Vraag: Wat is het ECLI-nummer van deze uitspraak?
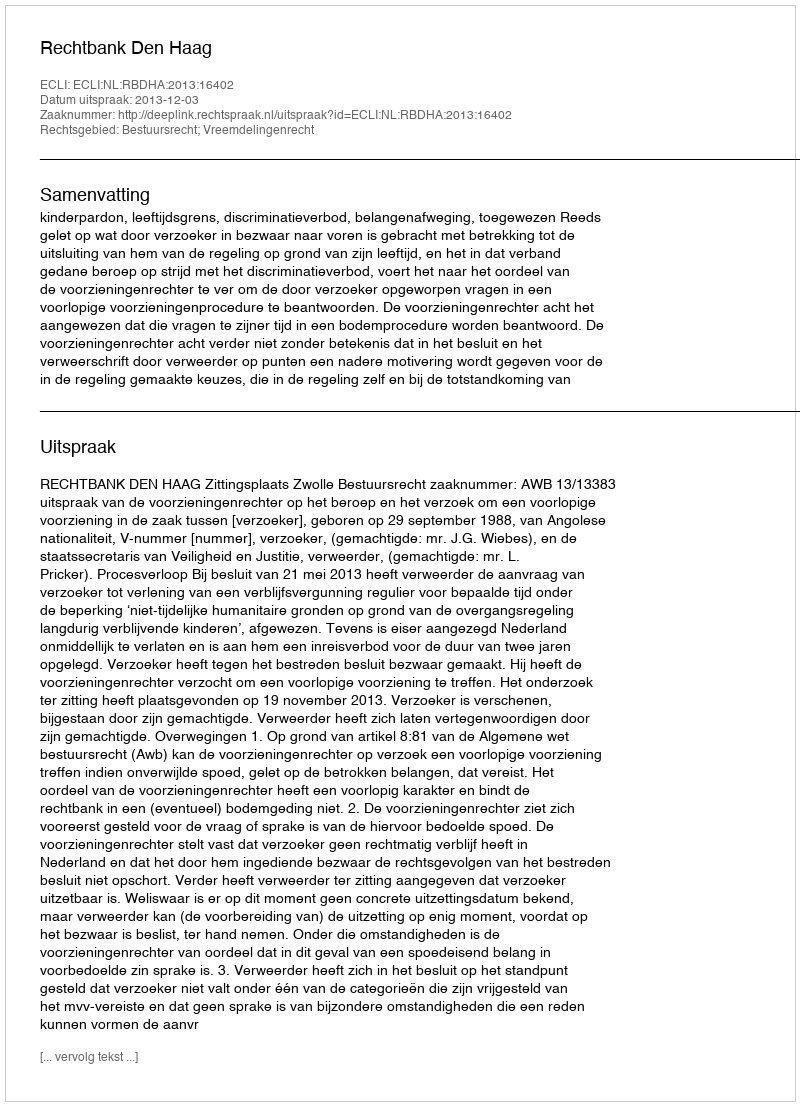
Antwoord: ECLI:NL:RBDHA:2013:16402